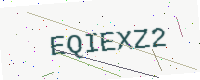
Text: EQIEXZ2